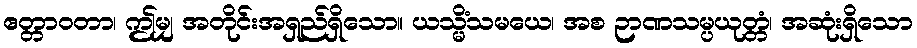
ဧတ္တာဝတာ၊ ဤမျှ အတိုင်းအရှည်ရှိသော။ ယသ္မိံသမယေ၊ အစ ဉာဏသမ္ပယုတ္တံ၊ အဆုံးရှိသော